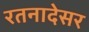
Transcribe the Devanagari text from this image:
रतनादेसर